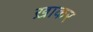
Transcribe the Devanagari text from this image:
ख़ाकर